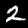
Digit: 2